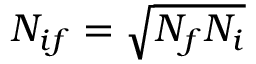
{ \cal N } _ { i f } = \sqrt { N _ { f } N _ { i } }